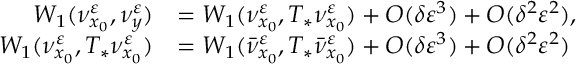
\begin{array} { r l } { W _ { 1 } ( \nu _ { x _ { 0 } } ^ { \varepsilon } , \nu _ { y } ^ { \varepsilon } ) } & { = W _ { 1 } ( \nu _ { x _ { 0 } } ^ { \varepsilon } , T _ { * } \nu _ { x _ { 0 } } ^ { \varepsilon } ) + O ( \delta \varepsilon ^ { 3 } ) + O ( \delta ^ { 2 } \varepsilon ^ { 2 } ) , } \\ { W _ { 1 } ( \nu _ { x _ { 0 } } ^ { \varepsilon } , T _ { * } \nu _ { x _ { 0 } } ^ { \varepsilon } ) } & { = W _ { 1 } ( \bar { \nu } _ { x _ { 0 } } ^ { \varepsilon } , T _ { * } \bar { \nu } _ { x _ { 0 } } ^ { \varepsilon } ) + O ( \delta \varepsilon ^ { 3 } ) + O ( \delta ^ { 2 } \varepsilon ^ { 2 } ) } \end{array}